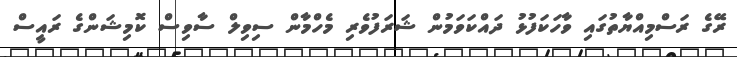
ރޭގެ ރަސްމިއްޔާތުގައި ވާހަކަފުޅު ދައްކަވަމުން ޝަރަފުވެރި މެހްމާން ސިވިލް ސާވިސް ކޮމިޝަންގެ ރައީސް